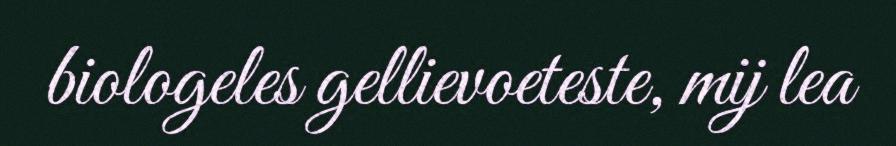
biologeles gellievoeteste, mij lea